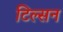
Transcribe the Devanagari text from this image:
टिल्सन